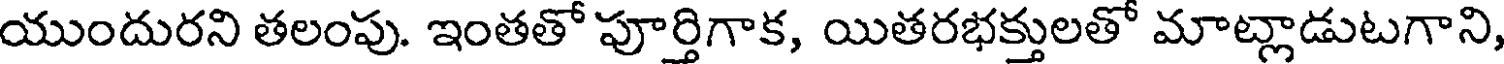
యుందురని తలంపు. ఇంతతో పూర్తిగాక, యితరభక్తులతో మాట్లాడుటగాని,